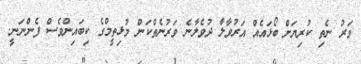
ވަރު ނެތި ކުރިޔަށް ބޯޅައެއް އަރުވާލާ ދުވެލާނެ ވަރުނެތްކަން މުޅިތީމްގެ ކިބައިންވެސް ފެންނަނީ.